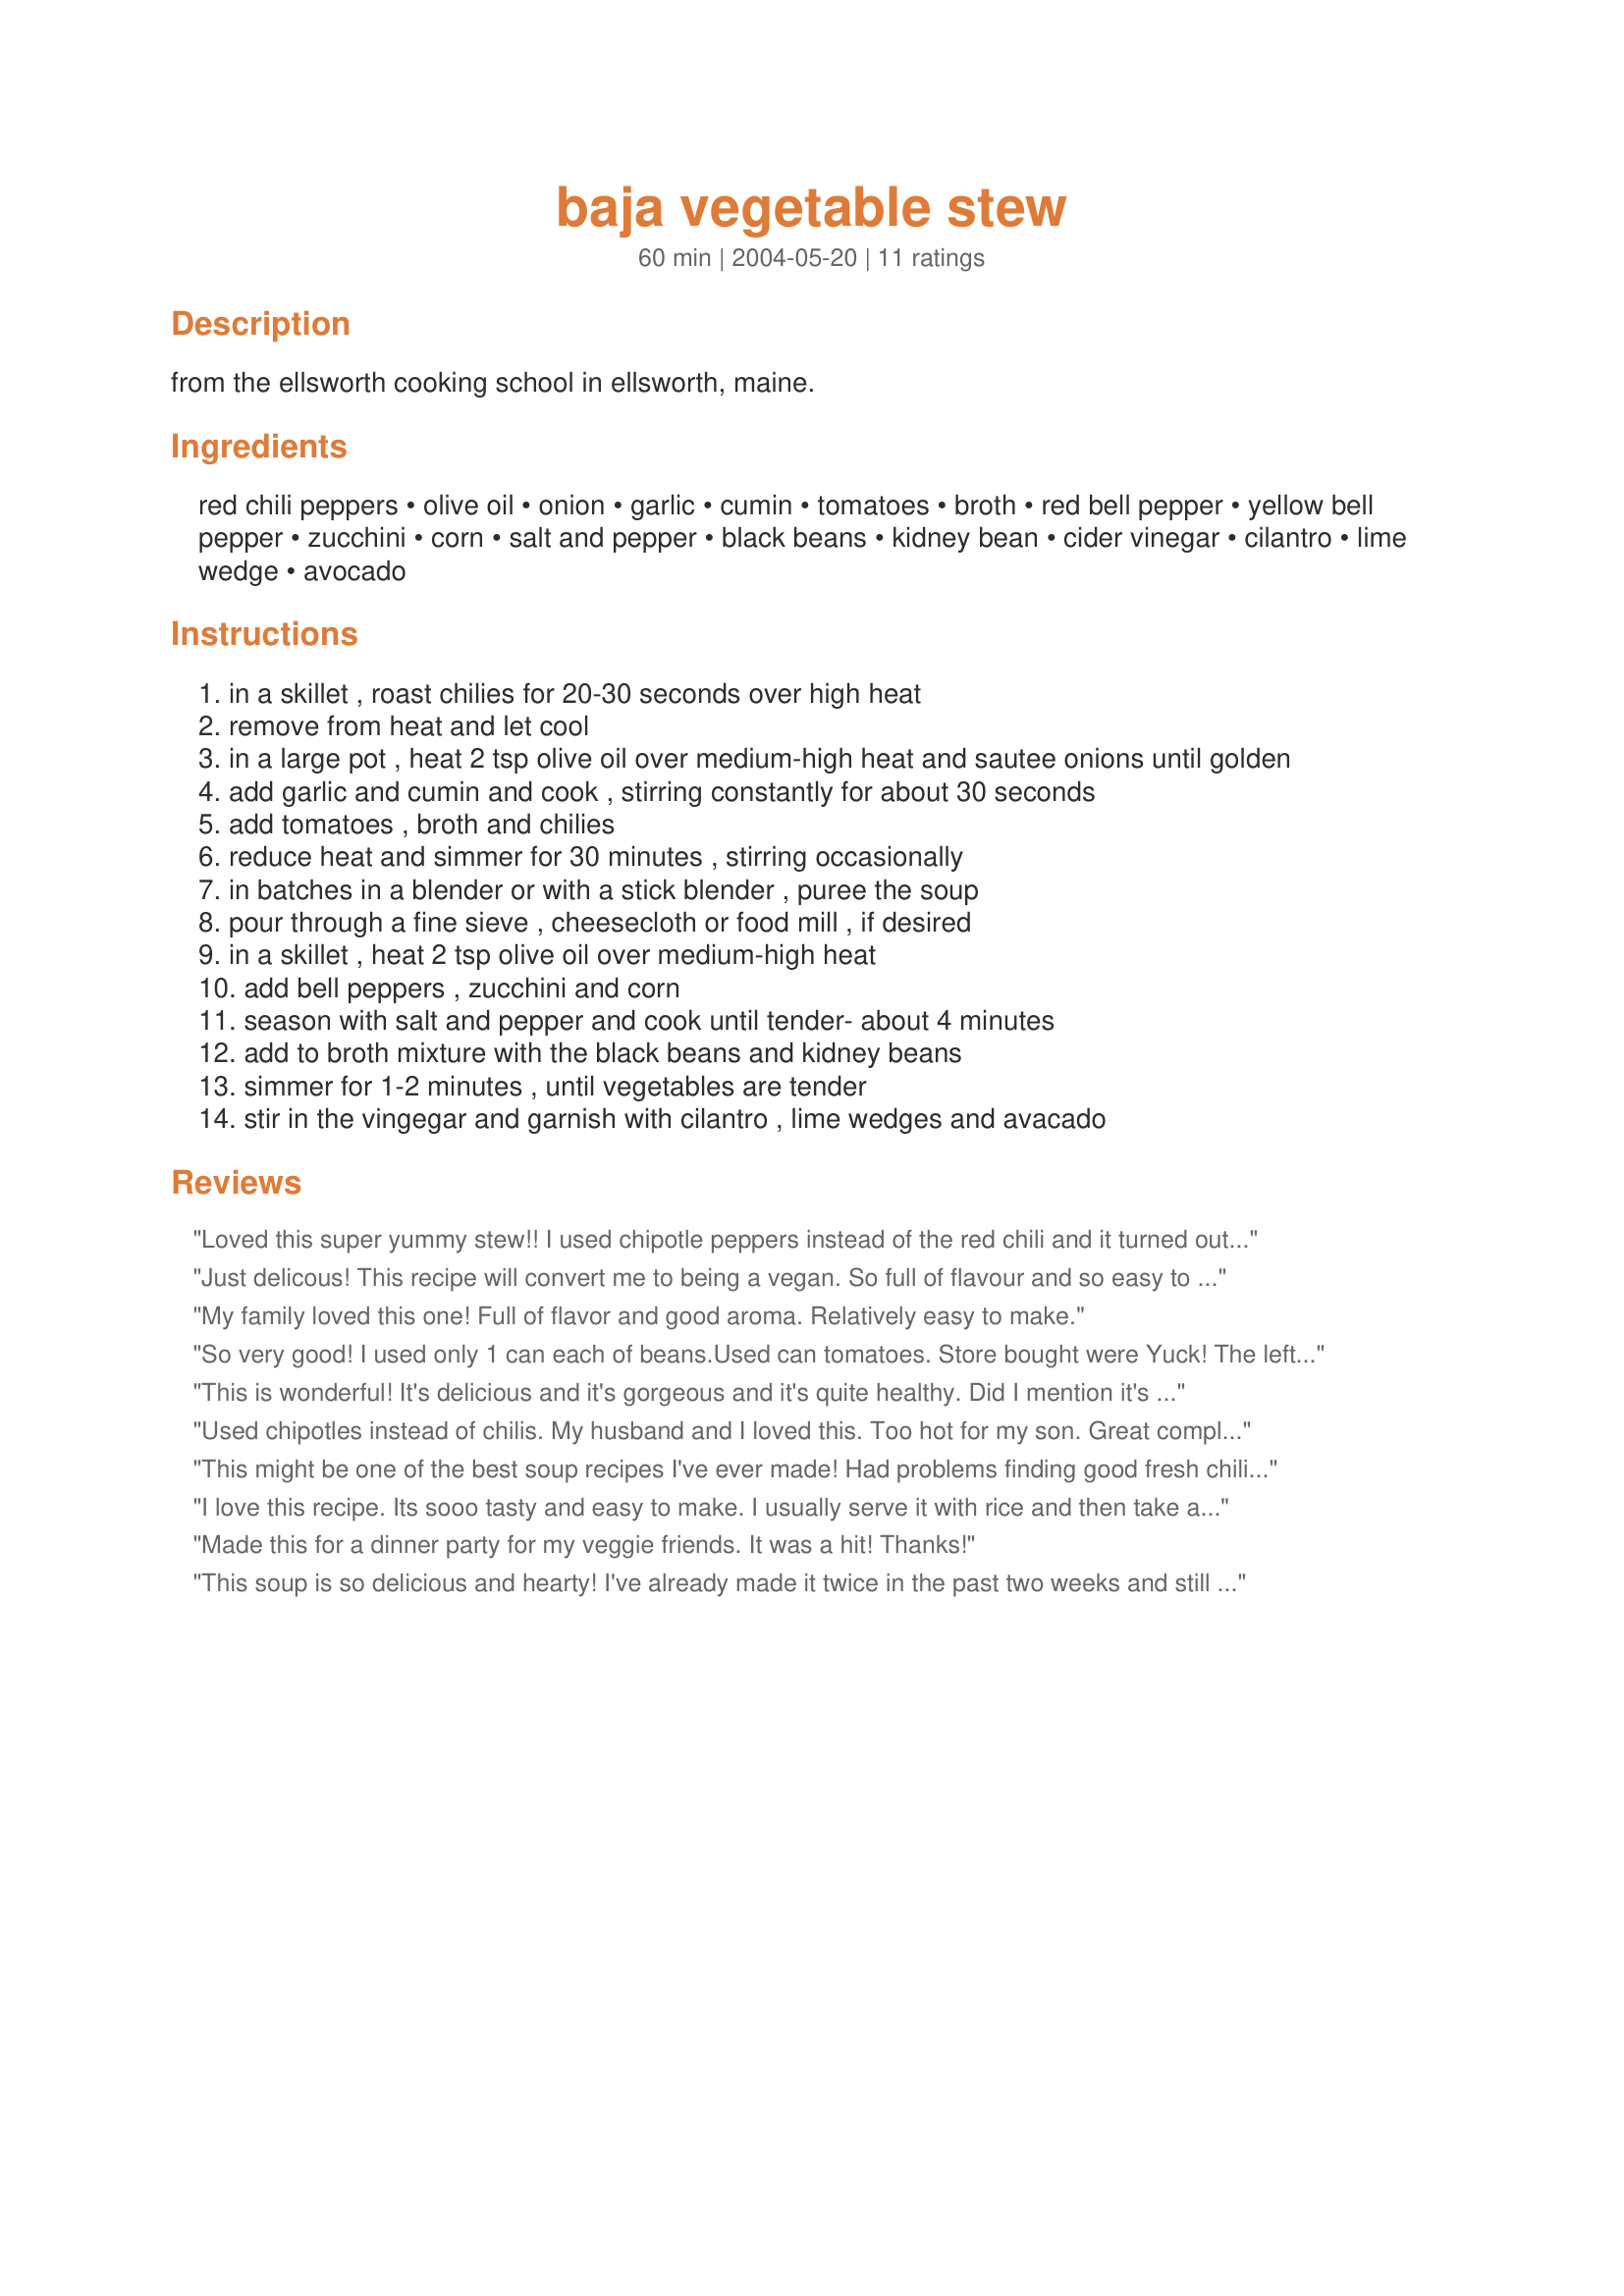
baja vegetable stew
Preparation time: 60 minutes

from the ellsworth cooking school in ellsworth, maine.

Ingredients:
red chili peppers, olive oil, onion, garlic, cumin, tomatoes, broth, red bell pepper, yellow bell pepper, zucchini, corn, salt and pepper, black beans, kidney bean, cider vinegar, cilantro, lime wedge, avocado

Steps:
in a skillet , roast chilies for 20-30 seconds over high heat
remove from heat and let cool
in a large pot , heat 2 tsp olive oil over medium-high heat and sautee onions until golden
add garlic and cumin and cook , stirring constantly for about 30 seconds
add tomatoes , broth and chilies
reduce heat and simmer for 30 minutes , stirring occasionally
in batches in a blender or with a stick blender , puree the soup
pour through a fine sieve , cheesecloth or food mill , if desired
in a skillet , heat 2 tsp olive oil over medium-high heat
add bell peppers , zucchini and corn
season with salt and pepper and cook until tender- about 4 minutes
add to broth mixture with the black beans and kidney beans
simmer for 1-2 minutes , until vegetables are tender
stir in the vingegar and garnish with cilantro , lime wedges and avacado

Reviews:
Loved this super yummy stew!! I used chipotle peppers instead of the red chili and it turned out great. I did add a bit extra broth as I needed to use it up and my veggies were abnormally large. I had mine with avocado and cilantro and crumbled some tortilla chips on top, loved it!!
Just delicous! This recipe will convert me to being a vegan. So full of flavour and so easy to prepare. Thank you.
My family loved this one! Full of flavor and good aroma. Relatively easy to make.
So very good! I used only 1 can each of beans.Used can tomatoes. Store bought were Yuck! The leftovers are great blended and used for a dip with chips or veggies! Thanks Roosie! — posted Dec 2, 2004,1 
 Picture posted of dip I made from left over stew which I added 1/2 cup shredded cheese andd chipotle peppers and sauce all blended and microwaved. Served with chips.

This is wonderful! It's delicious and it's gorgeous and it's quite healthy. Did I mention it's easy to make? I didn't and won't change a thing. Great vegetarian meal. Thanks for sharing it with us, Roosie.
Used chipotles instead of chilis. My husband and I loved this. Too hot for my son. Great complexity of flavor for a relatively simple dish to prepare. The cilantro and avocado topping were a great addition. Superb meatless dish. Bravo!
This might be one of the best soup recipes I've ever made! Had problems finding good fresh chilis and tomatoes so I substituted a dried chili and a 15.5 ounce can of diced tomatoes. When I reached the puree stage I also scooped out a cup of tomatoes and onions before blending the rest. This gave me some nice chunks to go with the vegetables and beans. With the canned tomatoes, no additional salt was needed. The whole thing was barely 30 minutes and the flavor was just amazing. Thanks Roosie.
I love this recipe. Its sooo tasty and easy to make. I usually serve it with rice and then take any leftovers to work for lunch. Mmmmm. thanks.
Made this for a dinner party for my veggie friends. It was a hit! Thanks!
This soup is so delicious and hearty! I've already made it twice in the past two weeks and still can't get enough of it.
This recipe is awesome. I was very skeptical while making it because it didn't seem to have much of a "base", but it turned out fantastic!!! The flavors are so complex! Even my non-veg hubby went back for seconds. Thanks!
